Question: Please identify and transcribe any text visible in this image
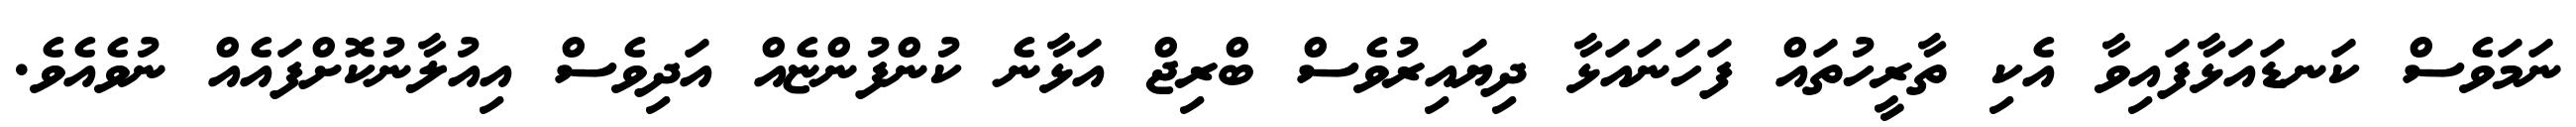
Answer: ނަމަވެސް ކަނޑައަޅާފައިވާ އެކި ތާރީހުތައް ފަހަނައަޅާ ދިޔައިރުވެސް ބްރިޖް އަޅާނެ ކުންފުންޏެއް އަދިވެސް އިއުލާނުކޮށްފައެއް ނުވެއެވެ.